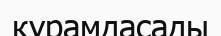
құрамдасады